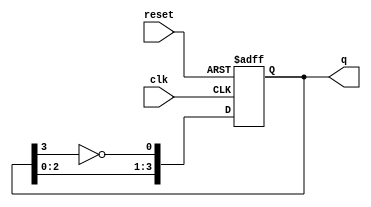
module johnson_counter #(
    parameter N = 4  // Number of flip-flops
)(
    input wire clk,       // Clock input
    input wire reset,     // Asynchronous reset
    output reg [N-1:0] q // Output of the counter
);

    // Internal signal for the inverted output of the last flip-flop
    wire feedback;

    // Assign feedback as the inverted output of the last flip-flop
    assign feedback = ~q[N-1];

    // Sequential logic for the Johnson counter
    always @(posedge clk or posedge reset) begin
        if (reset) begin
            // Initialize the counter to 0 on reset
            q <= 0;
        end else begin
            // Shift the current state and feed back the inverted last output
            q <= {q[N-2:0], feedback};
        end
    end

endmodule